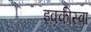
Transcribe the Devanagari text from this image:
इक्कीस्वा